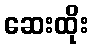
ဆေးထိုး